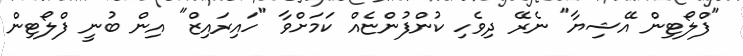
"ފްލޯޓިން އޭޝިޔާ" ނެރޭ ދިވެހި ކުންފުންޏެއް ކަމަށްވާ "ހައިރައިޒް" އިން ބުނީ ފްލޯޓިން